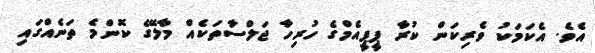
އެވެ. އެކަމަކު ވެރިކަން ކުރާ ޕީޕީއެމްގެ ހުރިހާ ޖަލްސާތަކެއް މާލޭގެ ކޮންމެ ތަނެއްގައި